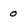
Character: 0